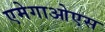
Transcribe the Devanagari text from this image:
एमेगाओएस